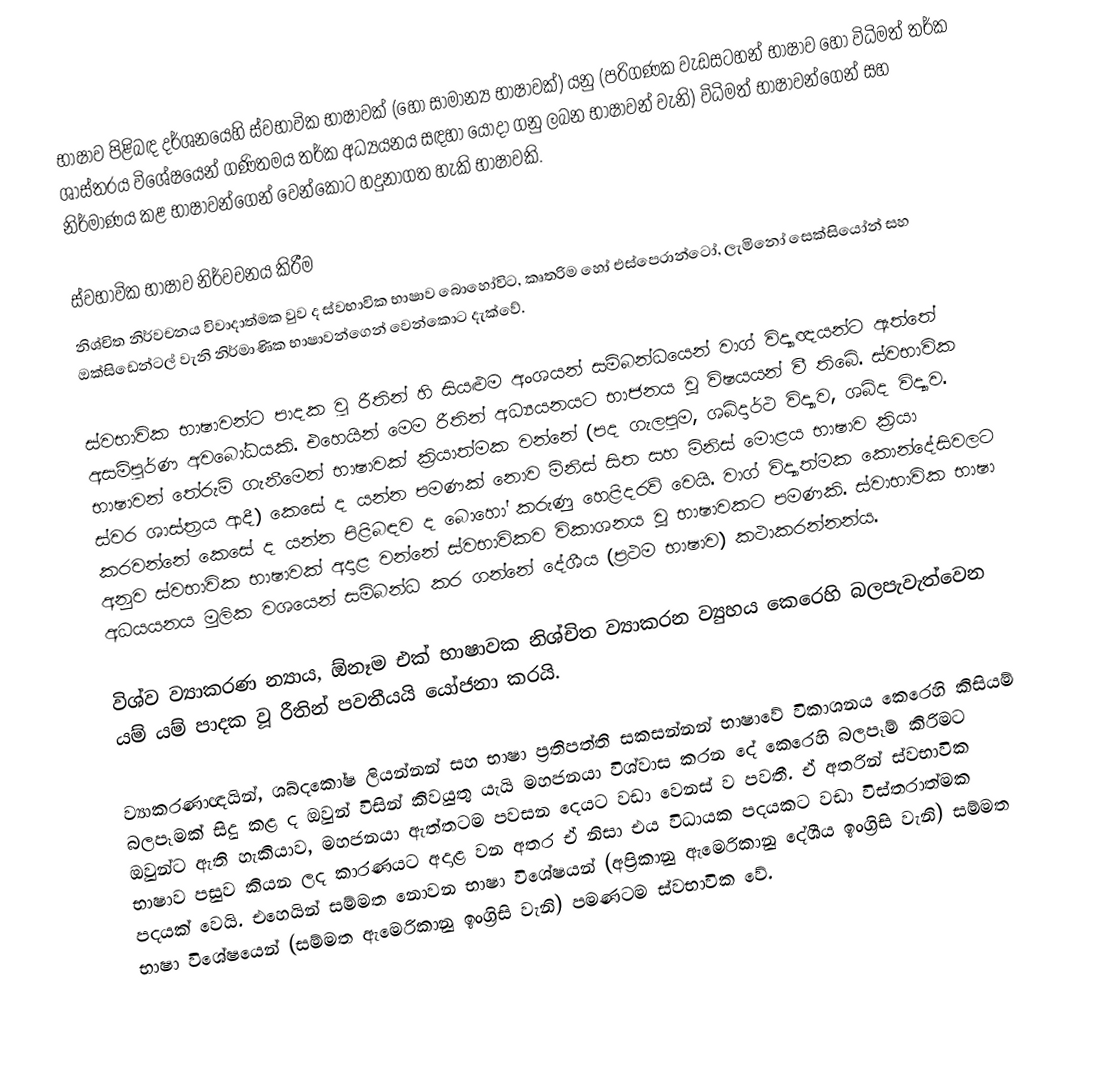
භාෂාව පිළිබඳ දර්ශනයෙහි ස්වභාවික භාෂාවක් (හෝ සාමාන්‍ය භාෂාවක්) යනු (පරිගණක වැඩසටහන් භාෂාව හෝ විධිමත් තර්ක ශාස්ත‍්‍රය විශේෂයෙන් ගණිතමය තර්ක අධ්‍යයනය සඳහා යොදා ගනු ලබන භාෂාවන් වැනි) විධිමත් භාෂාවන්ගෙන් සහ නිර්මාණය කළ භාෂාවන්ගෙන් වෙන්කොට හදුනාගත හැකි භාෂාවකි.

ස්වභාවික භාෂාව නිර්වචනය කිරීම
නිශ්චිත නිර්වචනය විවාදාත්මක වුව ද ස්වභාවික භාෂාව බොහෝවිට, කෘත‍්‍රිම හෝ එස්පෙරාන්ටෝ, ලැමිනෝ සෙක්සියෝන් සහ ඔක්සිඩෙන්ටල් වැනි නිර්මාණික භාෂාවන්ගෙන් වෙන්කොට දැක්වේ.

ස්වභාවික භාෂාවන්ට පාදක වු රීතින් හි සියළුම අංශයන් සම්බන්ධයෙන් වාග් විද්‍යාඥයන්ට ඇත්තේ අසම්පුර්ණ අවබෝධයකි. එහෙයින් මෙම රීතින් අධ්‍යයනයට භාජනය වූ විෂයයන් වී තිබේ. ස්වභාවික භාෂාවන් තේරුම් ගැනීමෙන් භාෂාවක් ක‍්‍රියාත්මක වන්නේ (පද ගැලපුම, ශබ්දාර්ථ විද්‍යාව, ශබ්ද විද්‍යාව. ස්වර ශාස්ත‍්‍රය ආදී) කෙසේ ද යන්න පමණක් නොව මිනිස් සිත සහ මිනිස් මොළය භාෂාව ක‍්‍රියා කරවන්නේ කෙසේ ද යන්න පිළිබඳව ද බොහෝ කරුණු හෙළිදරව් වෙයි. වාග් විද්‍යාත්මක කොන්දේසිවලට අනුව ස්වභාවික භාෂාවක් අදාළ වන්නේ ස්වභාවිකව විකාශනය වූ භාෂාවකට පමණකි. ස්වාභාවික භාෂා අධයයනය මුලික වශයෙන් සම්බන්ධ කර ගන්නේ දේශීය (ප‍්‍රථම භාෂාව) කථාකරන්නන්ය.

විශ්ව ව්‍යාකරණ න්‍යාය,  ඕනෑම එක් භාෂාවක නිශ්චිත ව්‍යාකරන ව්‍යුහය කෙරෙහි බලපැවැත්වෙන යම් යම් පාදක වූ රීතින් පවතීයයි යෝජනා කරයි.

ව්‍යාකරණාඥයින්, ශබ්දකෝෂ ලියන්නන් සහ භාෂා ප‍්‍රතිපත්ති සකසන්නන් භාෂාවේ විකාශනය කෙරෙහි කිසියම් බලපෑමක් සිදු කළ ද ඔවුන් විසින් කිවයුතු යැයි මහජනයා විශ්වාස කරන දේ කෙරෙහි බලපෑම් කිරිමට ඔවුන්ට ඇති හැකියාව, මහජනයා ඇත්තටම පවසන දෙයට වඩා වෙනස් ව පවතී. ඒ අතරින් ස්වභාවික භාෂාව පසුව කියන ලද කාරණයට අදාළ වන අතර ඒ නිසා එය විධායක පදයකට වඩා විස්තරාත්මක පදයක් වෙයි. එහෙයින් සම්මත නොවන භාෂා විශේෂයන් (අප‍්‍රිකානු ඇමෙරිකානු දේශීය ඉංග‍්‍රිසි වැනි) සම්මත භාෂා විශේෂයෙන් (සම්මත ඇමෙරිකානු ඉංග‍්‍රිසි වැනි) පමණටම ස්වභාවික වේ.